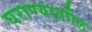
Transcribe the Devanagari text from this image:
घराण्याताील